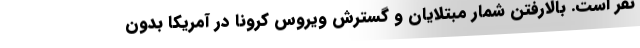
نفر است. بالارفتن شمار مبتلایان و گسترش ویروس کرونا در آمریکا بدون